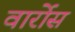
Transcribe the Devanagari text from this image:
वार्रोस